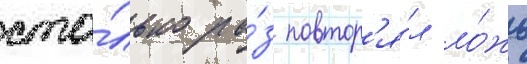
сто́лько ра́з повтор'я́л ло́жь